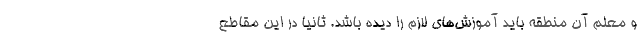
و معلم آن منطقه باید آموزش‌های لازم را دیده باشد. ثانیا در این مقاطع